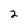
Character: 2